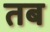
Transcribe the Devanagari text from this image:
तब